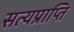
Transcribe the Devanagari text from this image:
सत्यप्राप्ति